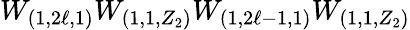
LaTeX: W_{(1,2\ell,1)}W_{(1,1,Z_{2})}W_{(1,2\ell-1,1)}W_{(1,1,Z_{2})}